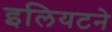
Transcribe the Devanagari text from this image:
इलियटने